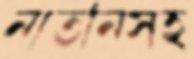
নাতনিসহ